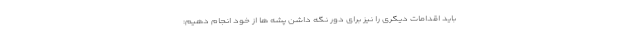
باید اقدامات دیگری را نیز برای دور نگه داشن پشه ها از خود انجام دهیم: